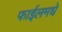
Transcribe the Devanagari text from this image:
फाईलमधे